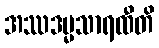
အဿဒမ္မသာရထီတိ